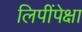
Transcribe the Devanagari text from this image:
लिपींपेक्षा